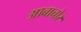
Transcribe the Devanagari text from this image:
आबाचोर